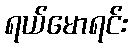
ရယ်မောရင်း